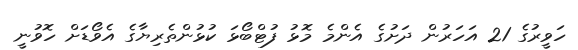
ހަވީރުގެ 21 އަހަރުން ދަށުގެ އެންމެ މޮޅު ފުޓްބޯޅަ ކުޅުންތެރިޔާގެ އެވޯޑަށް ހޮވުނީ